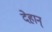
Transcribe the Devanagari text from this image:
देहान्